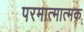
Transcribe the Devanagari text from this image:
परमात्मात्मक